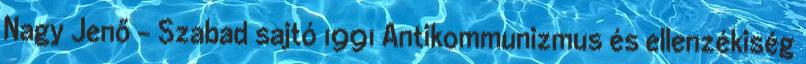
Nagy Jenő - Szabad sajtó 1991 Antikommunizmus és ellenzékiség